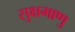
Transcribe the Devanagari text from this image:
सुक्षमाणु